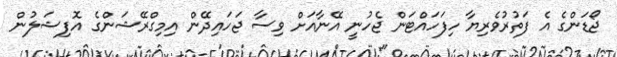
ޖޯޑަންގެ އެ ފަތުރުވެރިޔާ ހިފަހައްޓަން ޖެހުނީ އޭނާއަށް ވިސާ ޖަހައިދޭން އިމިގްރޭޝަންގެ އޮފިޝަލުން